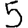
Digit: 5